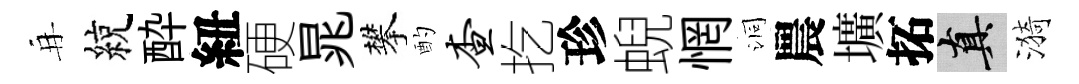
再綂酔紐硬晁攀酌查扢珍蜺惘洞農壙拓真漪